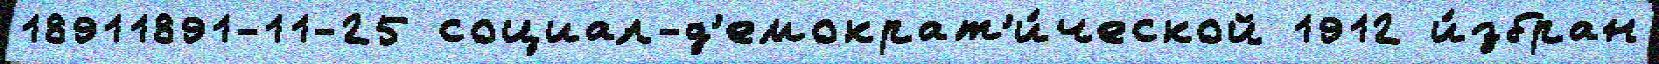
18911891-11-25 социал-д'емократ'и́ческой 1912 и́збран